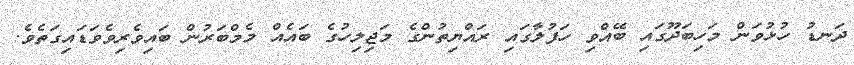
ދަނޑު ހުޅުވަން މަހިބަދޫގައި ބޭއްވި ހަފުލާގައި ރައްޔިތުންގެ މަޖިލިހުގެ ބައެއް މެމްބަރުން ބައިވެރިވެވަޑައިގަތެވެ.